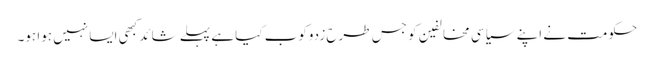
حکومت نے اپنے سیاسی مخالفین کو جس طرح زدوکوب کیا ہے پہلے شائد کبھی ایسا نہیں ہوا ہو۔